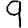
Digit: 9